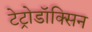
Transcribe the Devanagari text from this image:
टेट्रोडॉक्सिन